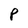
Character: P